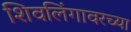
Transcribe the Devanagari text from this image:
शिवलिंगावरच्या